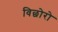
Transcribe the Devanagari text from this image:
विछोरो